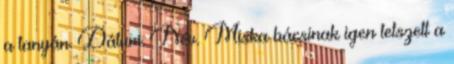
a tanyán. Dátum. Név. Miska bácsinak igen tetszett a